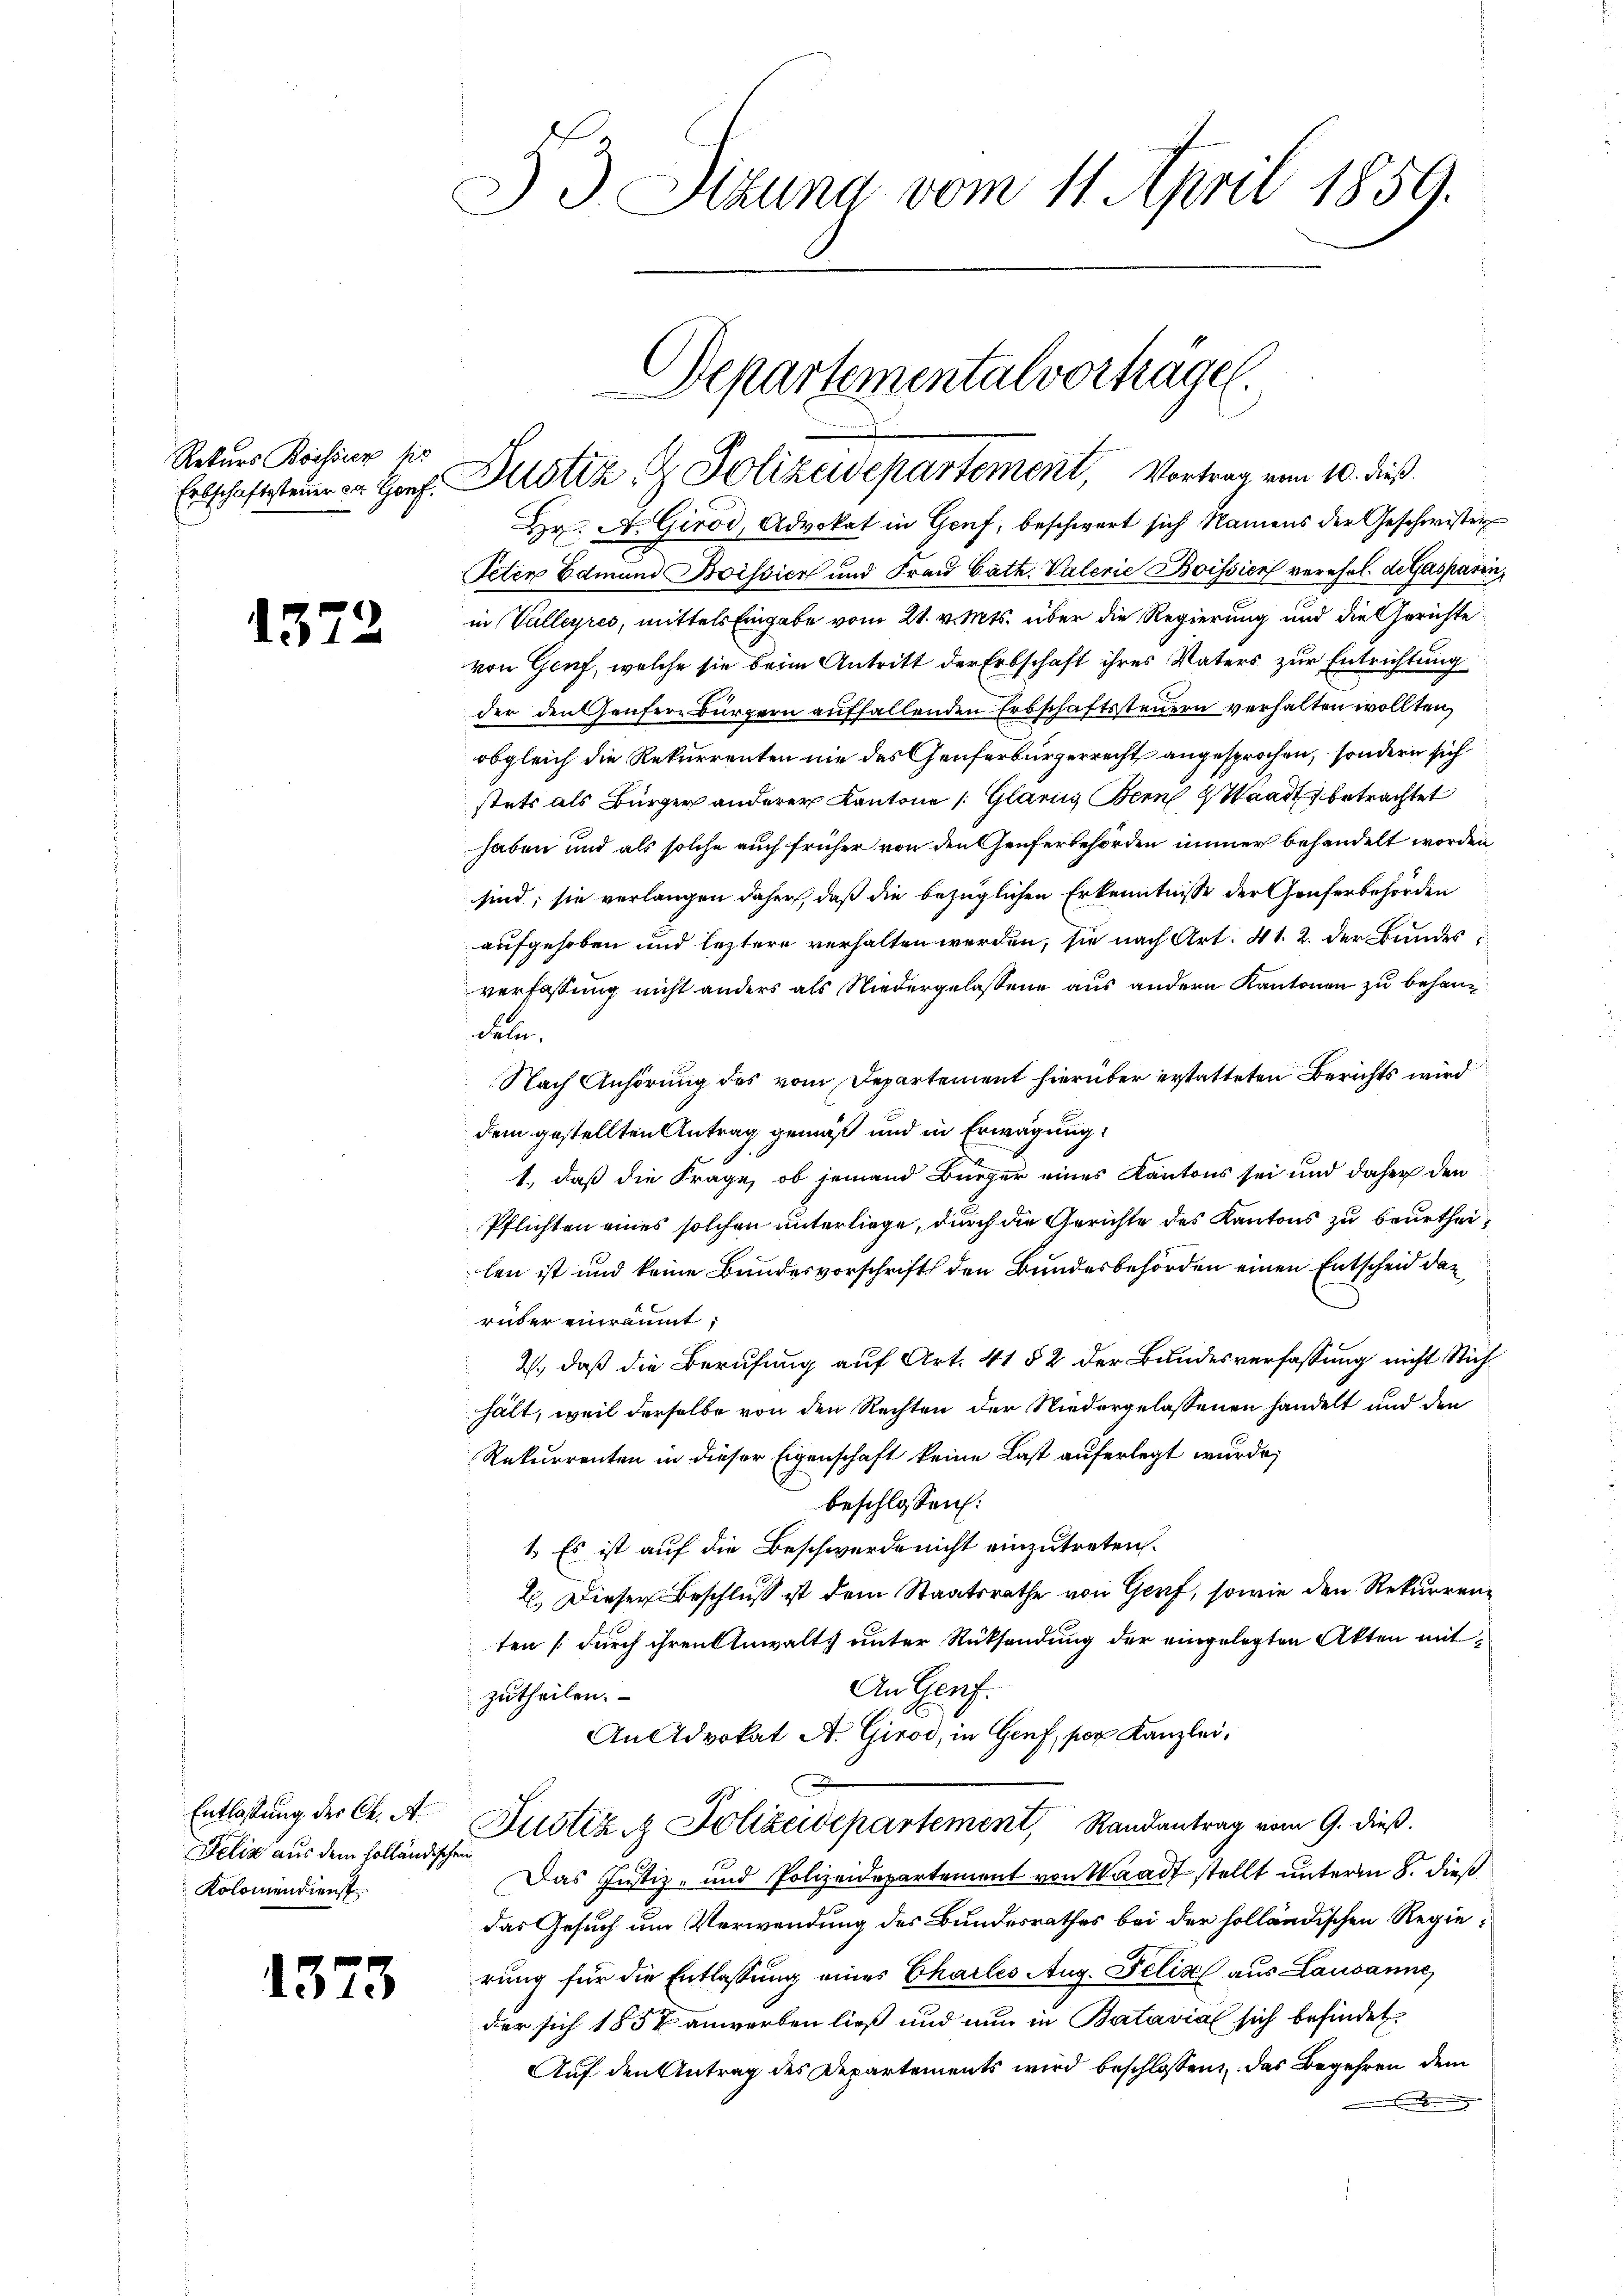
Rekurs Bossier his
Erbschaftsteuer Dr. Gonf.

137

.

Entlassung der Ch. A.
Felix aus dem holländischen
Kolomendienst

1373

) J. Sitzung vom 11. April 1859.

Departemental vorhagen.
Justiz & Polizeivepartement, Vortrag vom 10. dieß

Hr. A. Girod, Advokat in Genf, beschwert sich Namens der Geschwister
Peten Edmund Boissich und Frau Cath. Vaterie Bossier verehel. de Gasparin,
in Valleyres, mittels Eingabe vom 21. v. Mts. über die Regierung und die Gerichte
von Genf, welche sie beim Antritt der Erbschaft ihres Vaters zur Entrichtung
der den Genferbürgern auffallenden Erbschaftssteuern verhalten wollten,
obgleich die Rekurrenten nie des Genferbürgerrecht angesprochen, sondern sich
stets als Bürger anderer Kantone /: Glarus Bern Waadt, betrachtet
haben und als solche auch früher von den Genferbehörden immer behandelt worden
sind; sie verlangen daher, daß die bezüglichen Erkenntnisse der Genferbehörden
aufgehoben und leztere verhalten werden, sie nach Art. 41. 2. der Bundesverfassung nicht anders als Niedergelassene aus andern Kantonen zu behan¬
Feln.
Nach Anhörung des vom Departement hierüber erstatteten Berichts wird
dem gestellten Antrag gemäß und in Erwägung
1., daß die Frage, ob jemand Bürger eines Kantons sei und daher den
Pflichten eines solchen unterliege, durch die Gerichte des Kantons zu beurtheilen ist und keine Bandesvorschrift den Bundesbehörden einen Entscheid das
rüber einräumt,
2., daß die Berufung auf Art. 41 § 2 der Bundesverfassung nicht Stichhält, weil derselbe von den Rechten der Niedergelassenen handelt und den
Rekurrenten in dieser Eigenschaft keine Last auferlegt wurde;
beschlossen:
1. Es ist auf die Beschwerde nicht einzutreten.
2. Dieser Beschluß ist dem Staatsrathe von Genf, sowie den Rekurrenz
ten durch ihren Anwalts unter Rücksendung der eingelegten Akten mit¬
An Genf.
zutheilen.
An Advokat A. Girod, in Genf, per Kanzlei,
Justiz & Polizeidepartement, Randantrag vom 9. dieß.
Das Justiz- und Polizeidepartement von Waadt stellt unterm 8. dieß
das Gesuch um Verwendung des Bundesrathes bei der holländischen Regierung für die Entlassung eines Charles Aug. Pelisel aus Lausanne
der sich 1857 anwerben ließ und nun in Batavial sich befindet.
Auf den Antrag des Departements wird beschlossen, das Begehren dem